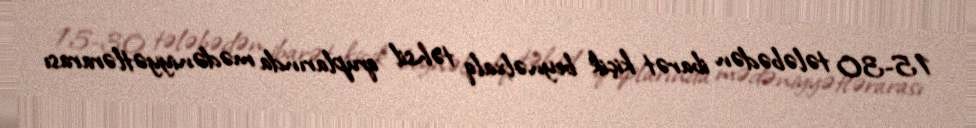
15-30 tələbədən ibarət kiçik beynəlxalq təhsil qruplarında mədəniyyətlərarası